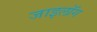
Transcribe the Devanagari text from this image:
जाइलॉग